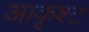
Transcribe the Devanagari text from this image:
आकृश्ट